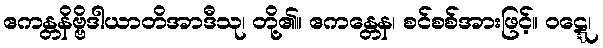
ဧကန္တနိဗ္ဗိဒါယာတိအာဒီသု၊ တို့၏။ ဧကန္တေန၊ စင်စစ်အားဖြင့်။ ဝဋ္ဋေ၊